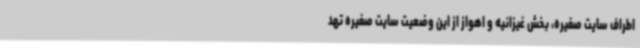
اطراف سایت صفیره، بخش غیزانیه و اهواز از این وضعیت سایت صفیره تهد